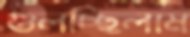
গুলচ্ছিলাম